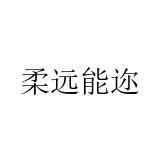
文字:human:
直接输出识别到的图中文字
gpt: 柔远能迩